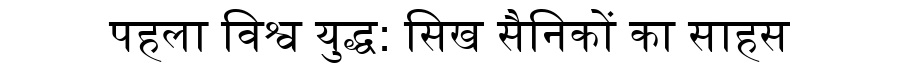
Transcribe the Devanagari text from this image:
पहला विश्व युद्ध: सिख सैनिकों का साहस